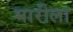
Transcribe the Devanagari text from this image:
भारीला